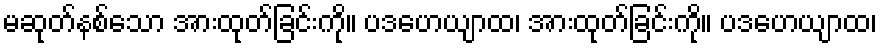
မဆုတ်နစ်သော အားထုတ်ခြင်းကို။ ပဒဟေယျာထ၊ အားထုတ်ခြင်းကို။ ပဒဟေယျာထ၊